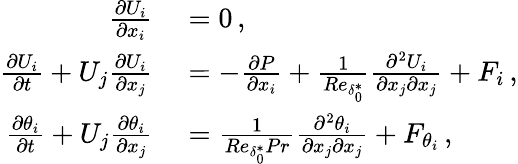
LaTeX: \begin{array}{rl}{\frac{\partial U_{i}}{\partial x_{i}}}&{{}=0\, ,}\\ {\frac{\partial U_{i}}{\partial t}+U_{j}\frac{\partial U_{i}}{\partial x_{j}}}&{{}=-\frac{\partial P}{\partial x_{i}}+\frac{1}{Re_{\delta_{0}^{*}}}\frac{\partial^{2}U_{i}}{\partial x_{j}\partial x_{j}}+F_{i}\, ,}\\ {\frac{\partial\theta_{i}}{\partial t}+U_{j}\frac{\partial\theta_{i}}{\partial x_{j}}}&{{}=\frac{1}{Re_{\delta_{0}^{*}}Pr}\frac{\partial^{2}\theta_{i}}{\partial x_{j}\partial x_{j}}+F_{\theta_{i}}\, ,}\end{array}